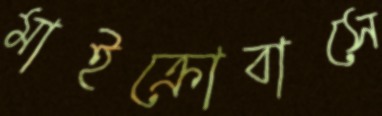
মাইক্রোবাসে